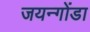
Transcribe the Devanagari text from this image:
जयन्गोंडा